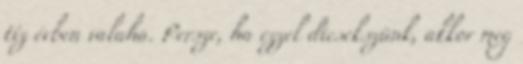
tíz évben valaha. Persze, ha ezzel dicsekszünk, akkor meg